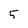
Character: 5